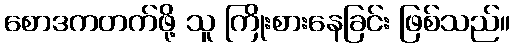
စောဒကတက်ဖို့ သူ ကြိုးစားနေခြင်း ဖြစ်သည်။